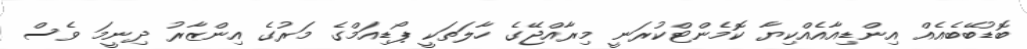
ބޮޑުބޭބެއެއް އިންޑިއާއެއްކިޔާ ކޮމެންޓްކުރަނީ މިރާއްޖޭގެ ހާލަތަކީ ޕޯޑިއަމްގެ މަރުގެ އިންޒާރު ދިނީމަ ވެސް